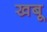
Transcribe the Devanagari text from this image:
खबू